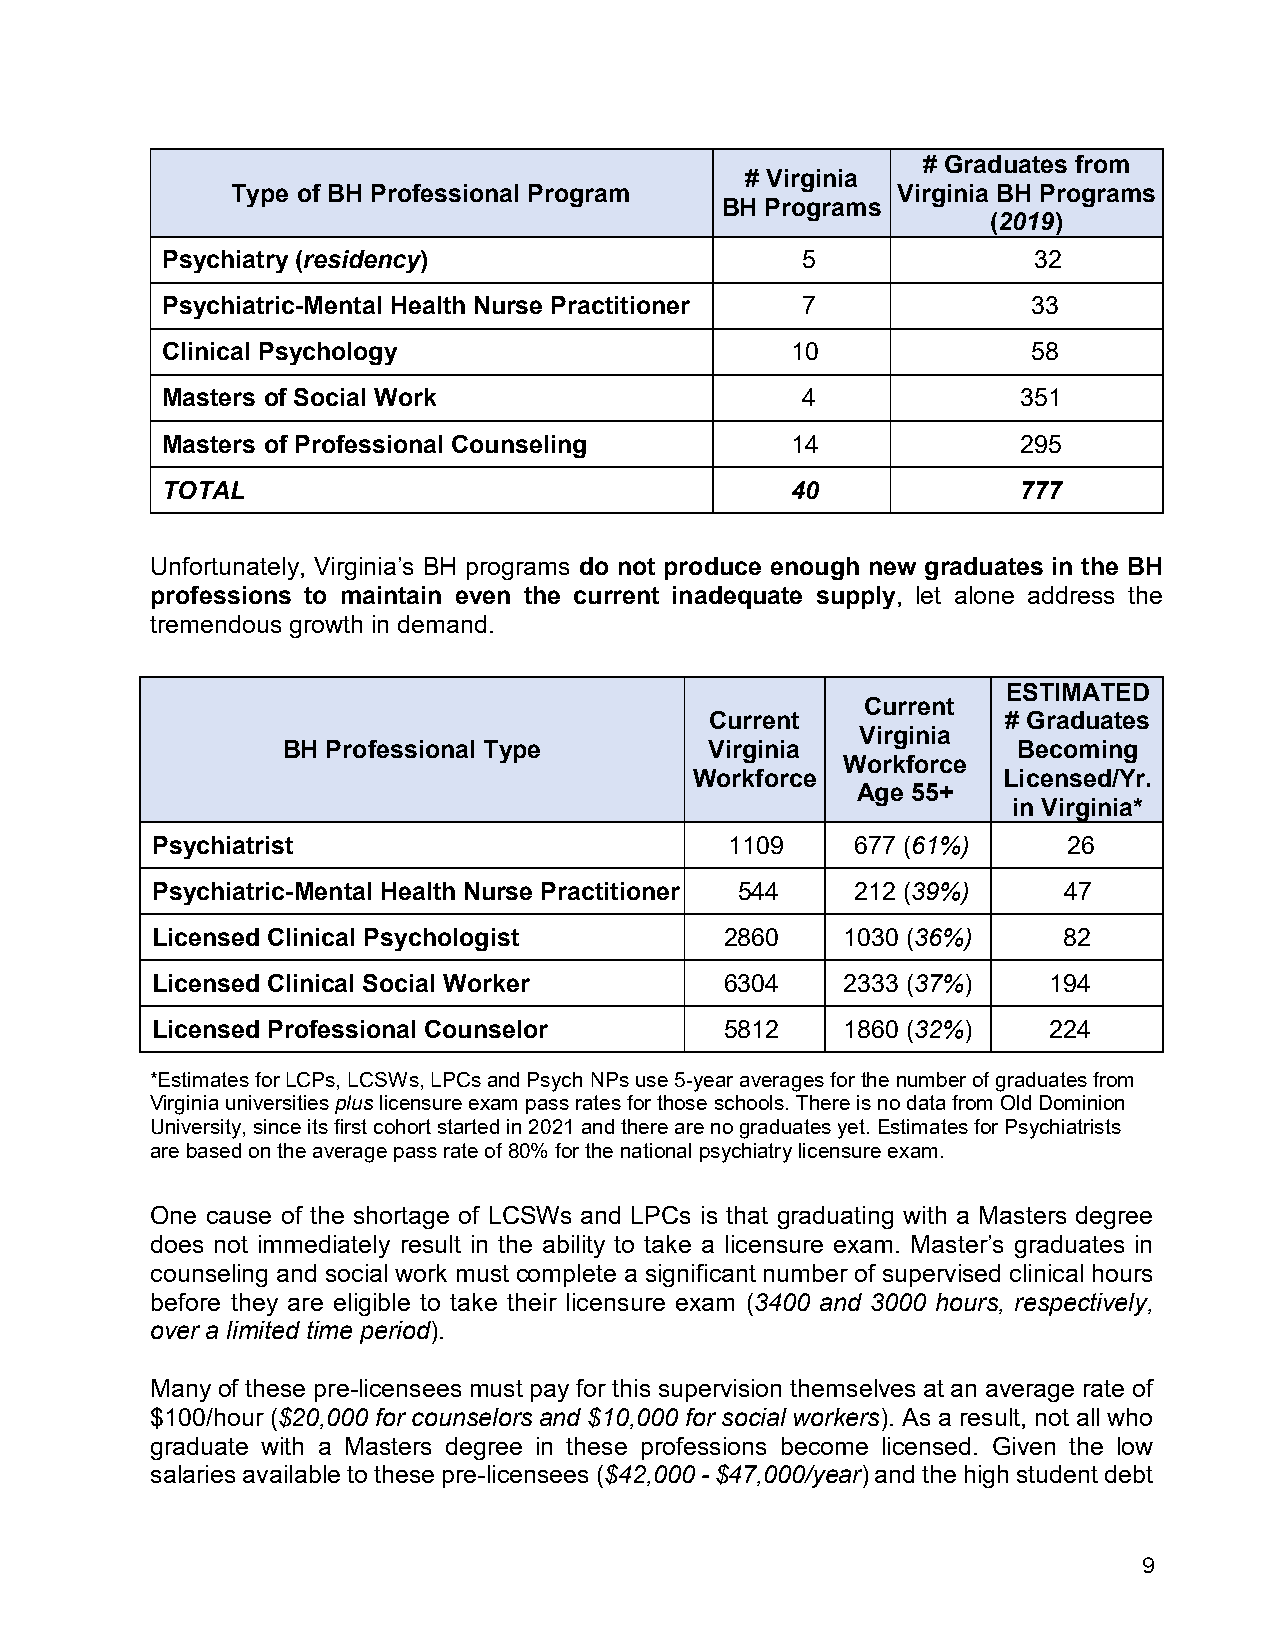
# Graduates from
 # Virginia
 Type of BH Professional Program             Virginia BH Programs
 BH Programs
 (2019)
 Psychiatry (residency)                    5              32
 Psychiatric-Mental Health Nurse Practitioner 7           33
 Clinical Psychology                      10              58
 Masters of Social Work                    4              351
 Masters of Professional Counseling       14              295
 TOTAL                                    40              777
 Unfortunately, Virginia’s BH programs do not produce enough new graduates in the BH
 professions to maintain even the current inadequate supply, let alone address the
 tremendous growth in demand.
 ESTIMATED
 Current
 Current             # Graduates
 Virginia
 BH Professional Type        Virginia            Becoming
 Workforce
 Workforce           Licensed/Yr.
 Age 55+
 in Virginia*
 Psychiatrist                          1109     677 (61%)     26
 Psychiatric-Mental Health Nurse Practitioner 544 212 (39%)  47
 Licensed Clinical Psychologist        2860    1030 (36%)    82
 Licensed Clinical Social Worker       6304    2333 (37%)   194
 Licensed Professional Counselor       5812    1860 (32%)   224
 *Estimates for LCPs, LCSWs, LPCs and Psych NPs use 5-year averages for the number of graduates from
 Virginia universities plus licensure exam pass rates for those schools. There is no data from Old Dominion
 University, since its first cohort started in 2021 and there are no graduates yet. Estimates for Psychiatrists
 are based on the average pass rate of 80% for the national psychiatry licensure exam.
 One cause of the shortage of LCSWs and LPCs is that graduating with a Masters degree
 does not immediately result in the ability to take a licensure exam. Master’s graduates in
 counseling and social work must complete a significant number of supervised clinical hours
 before they are eligible to take their licensure exam (3400 and 3000 hours, respectively,
 over a limited time period).
 Many of these pre-licensees must pay for this supervision themselves at an average rate of
 $100/hour ($20,000 for counselors and $10,000 for social workers). As a result, not all who
 graduate with a Masters degree in these professions become licensed. Given the low
 salaries available to these pre-licensees ($42,000 - $47,000/year) and the high student debt
 9